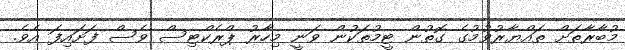
މުބާރާތަށް ތައްޔާރުވުމުގެ ގޮތުން ޓީމުތަކުން ވަނީ މިހާރު ޕްރެކްޓިސް ވެސް ފަށައިފަ އެވެ.